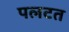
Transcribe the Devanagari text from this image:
पलटत